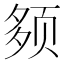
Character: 𫖰